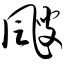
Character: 飕